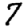
Digit: 7